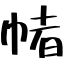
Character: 帾